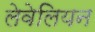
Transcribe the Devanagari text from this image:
लेवेलियन